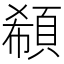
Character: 𩒽